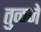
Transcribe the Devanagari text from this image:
तुळजे